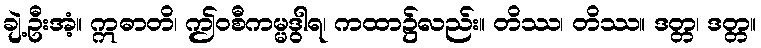
ချဲ့ဦးအံ့။ ဣဓာတိ၊ ဤဝစီကမ္မဒွါရ၊ ကထာ၌လည်း။ တိဿ၊ တိဿ။ ဒတ္တ၊ ဒတ္တ။